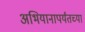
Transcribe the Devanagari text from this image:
अभियानापर्यंतच्या